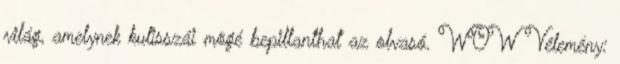
világ, amelynek kulisszái mögé bepillanthat az olvasó. WOW Vélemény: